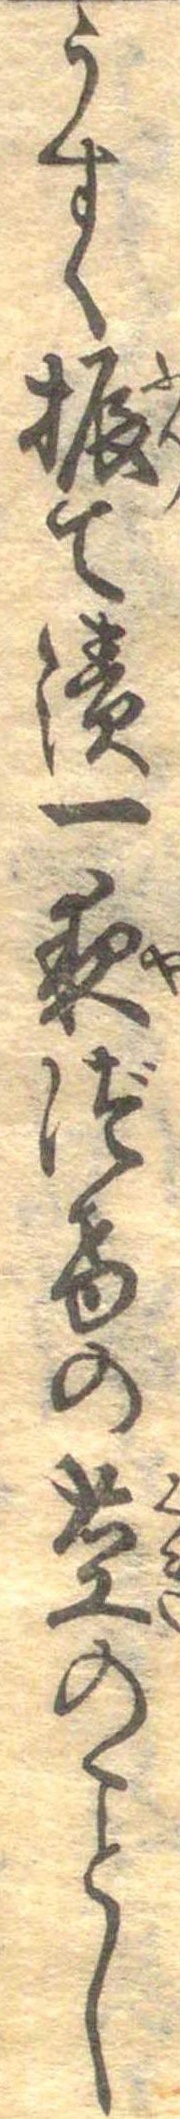
うすく振て漬一夜づけの茎のことし